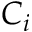
C _ { i }